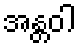
အန္တဝါ